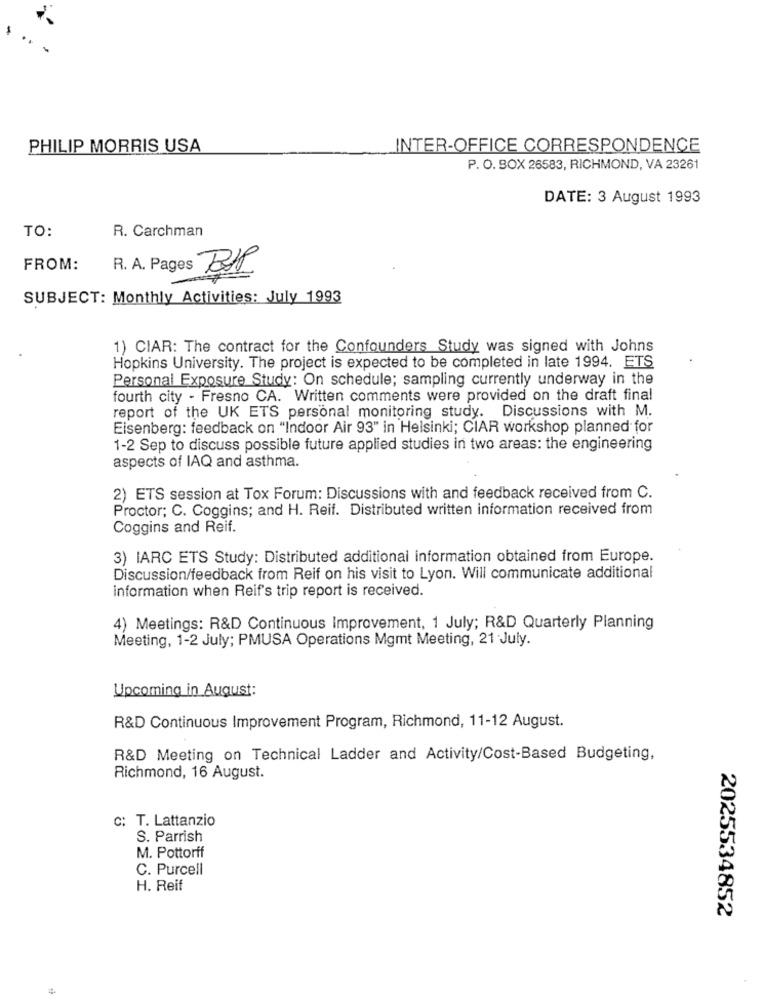
PHILIP MORRIS USA
INTER-OFFICE CORRESPONDENCE
P. O. BOX 26583, RICHMOND, VA 23261
DATE: 3 August 1993
TO:
R. Carchman
FROM:
R. A. Pages BIR
SUBJECT: Monthly Activities: July 1993
1) CIAR: The contract for the Confounders Study was signed with Johns
Hopkins University. The project is expected to be completed in late 1994. ETS
Personal Exposure Study: On schedule; sampling currently underway in the
fourth city - Fresno CA. Written comments were provided on the draft final
report of the UK ETS personal monitoring study. Discussions with M.
Eisenberg: feedback on "Indoor Air 93" in Helsinki; CIAR workshop planned for
1-2 Sep to discuss possible future applied studies in two areas: the engineering
aspects of IAQ and asthma.
2) ETS session at Tox Forum: Discussions with and feedback received from C.
Proctor; C. Coggins; and H. Reif. Distributed written information received from
Coggins and Reif.
3) IARC ETS Study: Distributed additional information obtained from Europe.
Discussion/feedback from Reif on his visit to Lyon. Will communicate additional
information when Reif's trip report is received.
4) Meetings: R&D Continuous Improvement, 1 July; R&D Quarterly Planning
Meeting, 1-2 July; PMUSA Operations Mgmt Meeting, 21 July.
Upcoming in August:
R&D Continuous Improvement Program, Richmond, 11-12 August.
R&D Meeting on Technical Ladder and Activity/Cost-Based Budgeting,
Richmond, 16 August.
C: T. Lattanzio
S. Parrish
M. Pottorff
C. Purcell
H. Reif
2025534852